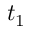
t _ { 1 }